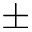
\pm